Civil Veterinary Department Bengal reports 1923-33 - 1923-1933
Year: 1923
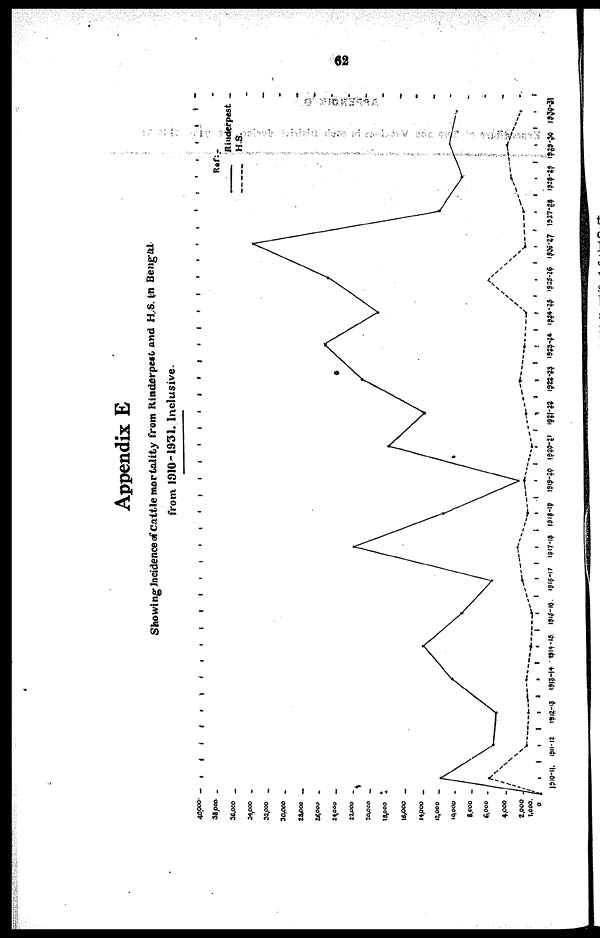
62
Appendix E
Showing Incidence of Cattle mortality from Rinderpest and H.S. in Bengal
from 1910-1931. Inclusive.